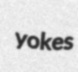
yokes